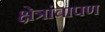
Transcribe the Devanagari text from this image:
क्षेत्रांचापण